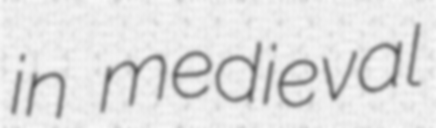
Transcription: in medieval